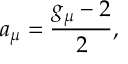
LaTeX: a _ { \mu } = \frac { g _ { \mu } - 2 } { 2 } ,